Venemaal_asunud_Eesti_seltside_dokumendid, lk 23
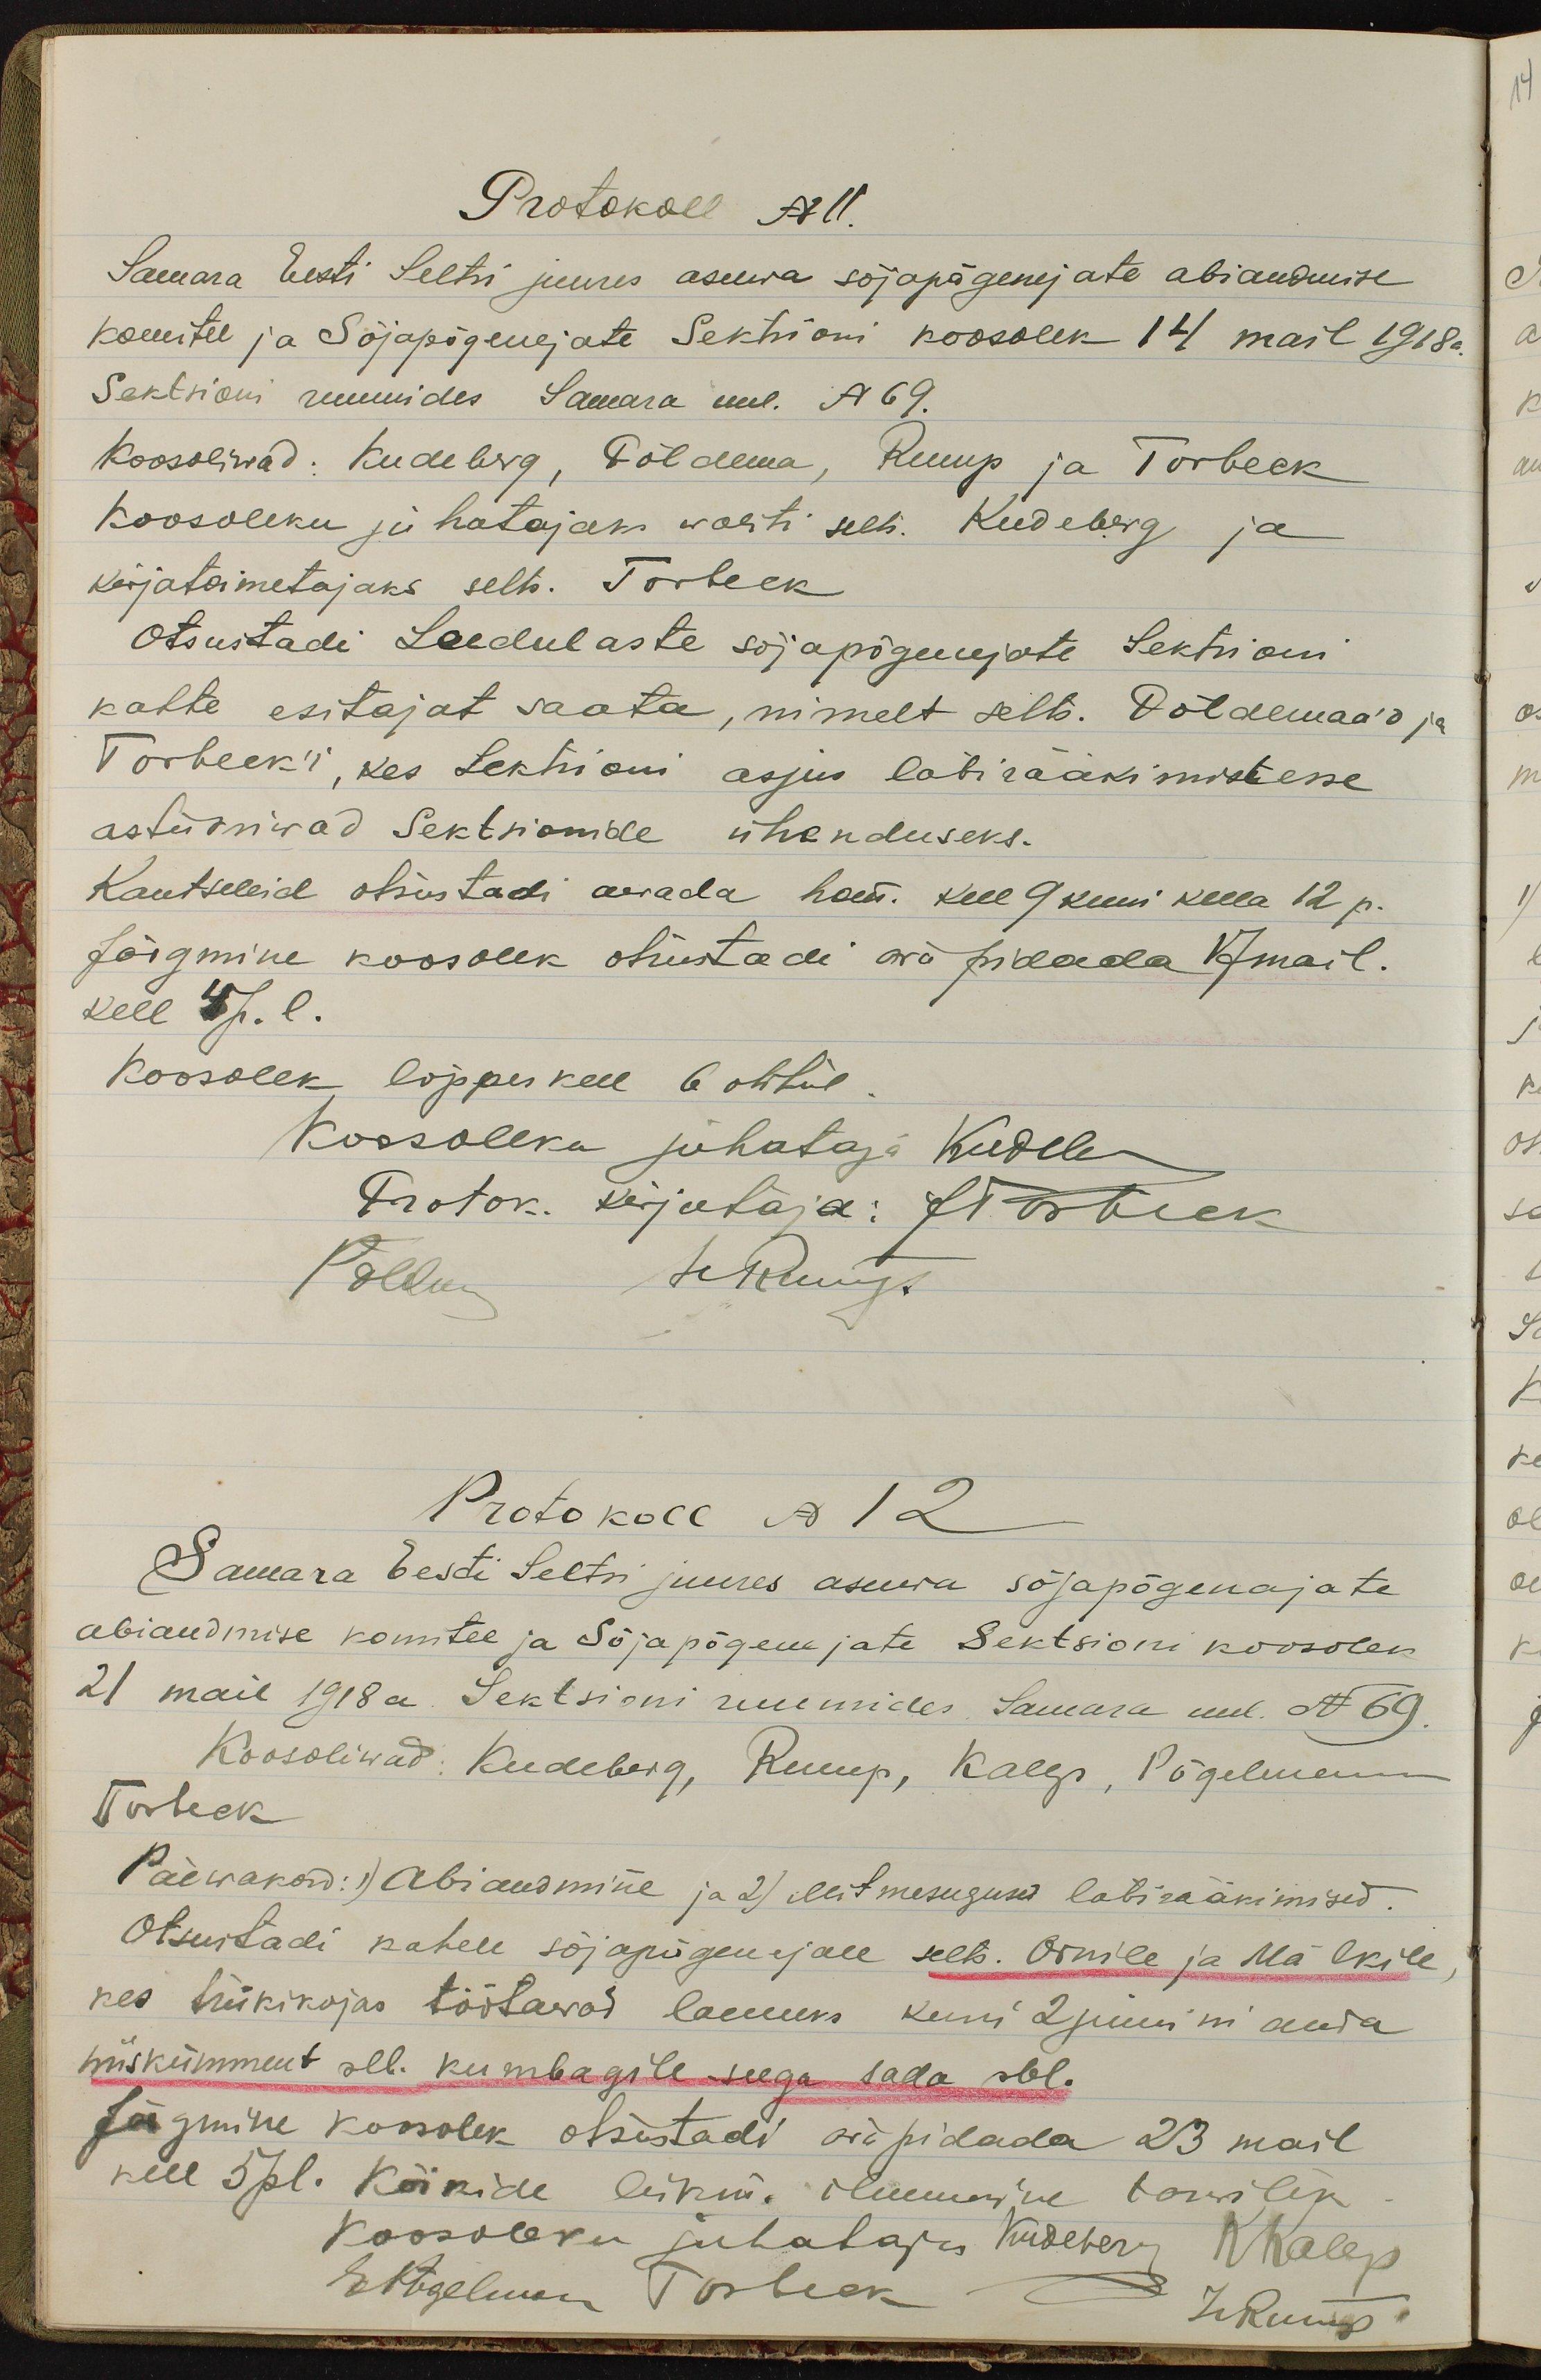
Protokoll N 11.
Samara Eesti Seltsi juures asuwa sõjapõgenejate abiandmise
komitee ja Sõjapõgenejate Sektsioni koosolek 14 mail 1918 a.
Sektsioni ruumides Samara uul. N 69.
Koosolewad: Kudeberg, Põldema, Rump ja Torbeck
Koosoleku juhatajaks waliti selts. Kudeberg ja
kirjatoimetajaks selts. Torbeck
Otsustadi: Leedulaste sõjapõgenejate Sektsioni
kahte esitajat saata, nimelt selts. Põldemaa'd ja
Torbeck'i kes Sektsioni asjus läbirääkimistesse
astusiwad Sektsionide ühenduseks.
Kantseleid otsustadi avada hom. kell 9 kuni kella 12 p.
Järgmine koosolek otsustadi ära pidada 17 mail.
kell 4 J. l.
Koosolek lõppes kell 6 õhtul
Koosoleku juhataja: Kadele
Protok. kirjutaja: JT. ostuk
Põllu leldust
Protokoll N 12
Samara Eesti Seltsi juures asuwa sõjapõgenajate
abiandmise komitee ja Sõjapõgenejate Sektsioni koosolek
21 mail 1918 a Sektsioni ruumides, Samara uul. N 69.
Koosoliwad: Kudeberg, Rump, Kalep, Põgelman
Turbeck
Päewakord:) abiandmine ja 2) Mitmesugused läbirääkimised.
Otsustadi kahele sõjapõgenejale selts. Ornile ja Mälk'ile
kes trükikojas töötawad laenuks kuni 2 juunini anda
wiiskümment rbl. kumbagile seega sada rbl.
Järgmine koosolek otsustadi ära pidada 23 mail
kell 5 pl. Kõikide, liikm. ilmumine tarwilik
Koosoleku juhataja Kudeberg RKalep
Ekogelinen Torbeck J. Kuur